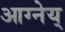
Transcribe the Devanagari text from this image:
आग्नेय्